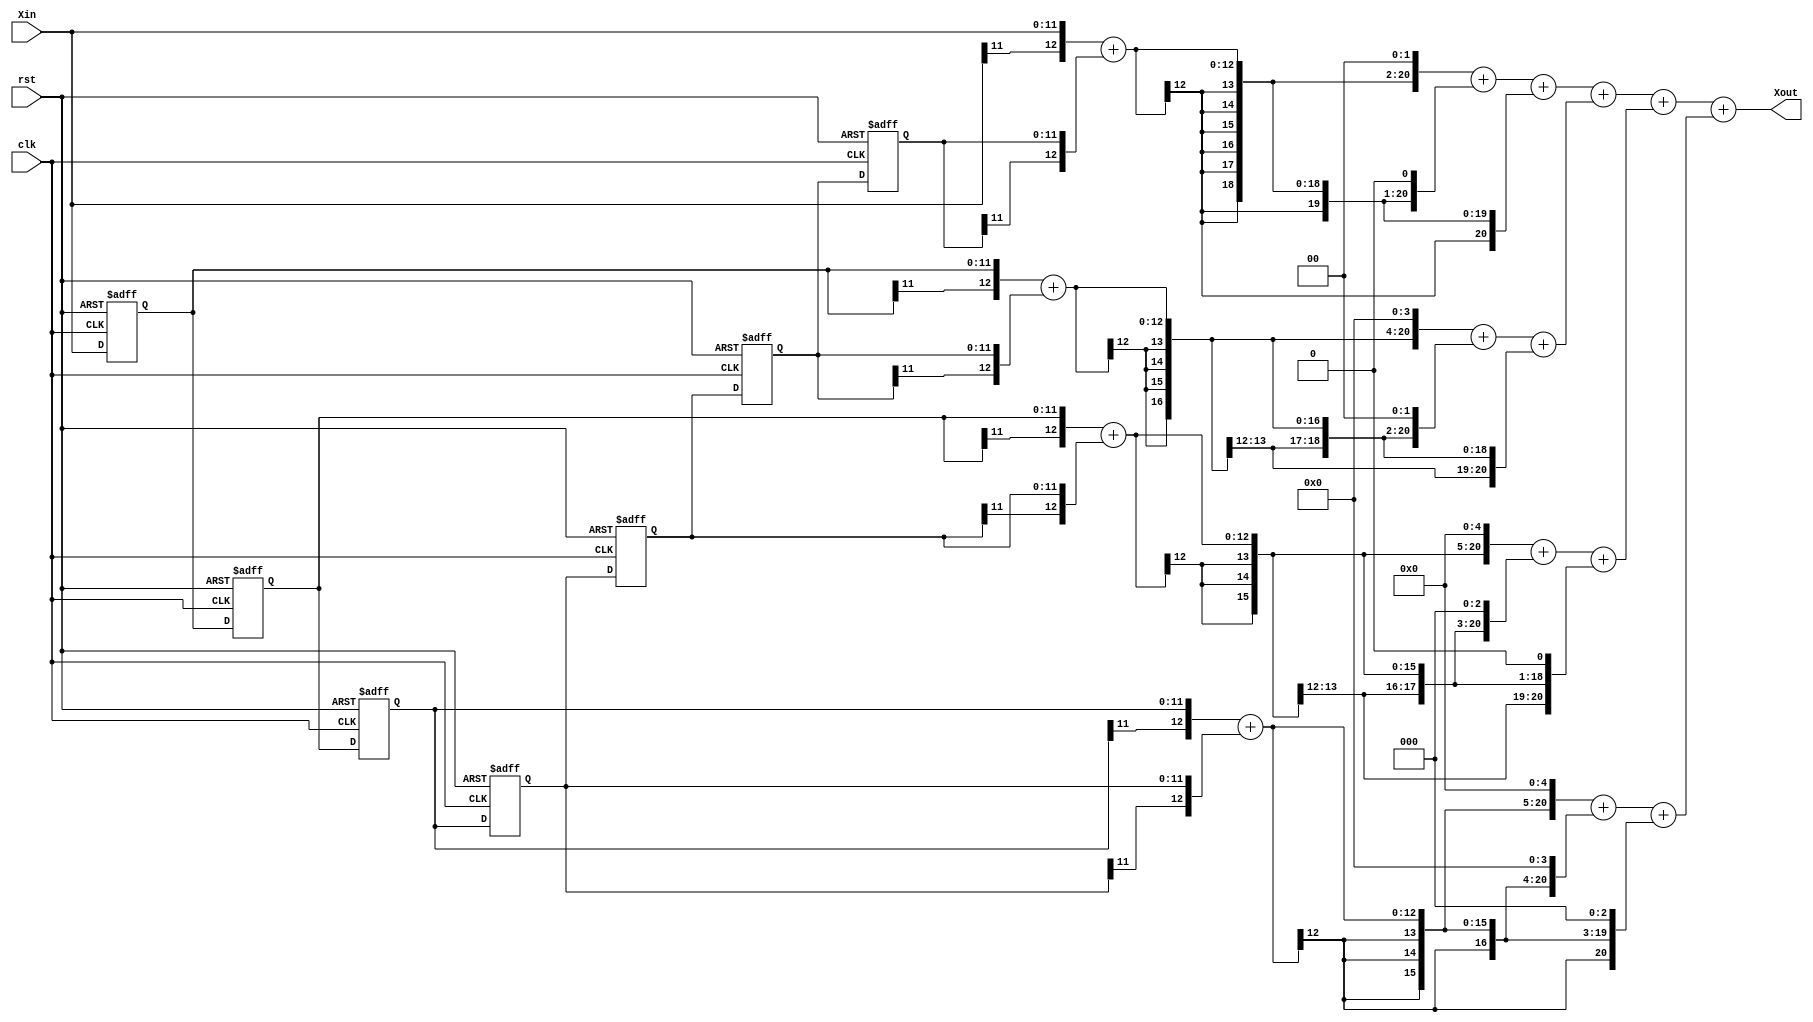
`timescale 1ns/1ps
//-------------------------------------------------------
//   IIRFIR
//-------------------------------------------------------
module zero
(
    input rst,                 //
    input clk,                 //2kHz
    input signed [11:0] Xin,   //2kHz
    output signed [20:0] Xout  //
);

//-------------------------------------------------------
//   
//-------------------------------------------------------
reg signed [11:0] Xin_reg [6:0];
reg [3:0] i,j;

always @ (posedge clk or posedge rst)
    if (rst) begin
        for (i=0; i<7; i=i+1'b1)
            Xin_reg[i] <= 'd0;
    end
    else begin
        for (j=0; j<6; j=j+1'b1)
            Xin_reg[j+1] <= Xin_reg[j];
        Xin_reg[0] <= Xin;
    end

//-------------------------------------------------------
//   
//-------------------------------------------------------
wire signed [12:0] Add_reg [3:0];
assign Add_reg[0] = {Xin[11],Xin} + {Xin_reg[6][11],Xin_reg[6]};
assign Add_reg[1] = {Xin_reg[0][11],Xin_reg[0]} + {Xin_reg[5][11],Xin_reg[5]};
assign Add_reg[2] = {Xin_reg[1][11],Xin_reg[1]} + {Xin_reg[4][11],Xin_reg[4]};
assign Add_reg[3] = {Xin_reg[2][11],Xin_reg[2]} + {Xin_reg[3][11],Xin_reg[3]};

//-------------------------------------------------------
//   +
//-------------------------------------------------------
wire signed [20:0] Mult_reg [3:0];
//0
assign Mult_reg[0] = {{6{Add_reg[0][12]}},Add_reg[0],2'd0}+  //4+2+1=7
    {{7{Add_reg[0][12]}},Add_reg[0],1'd0}+{{8{Add_reg[0][12]}},Add_reg[0]};
	
assign Mult_reg[1] = {{4{Add_reg[1][12]}},Add_reg[1],4'd0}+  //16+4+1=21
    {{6{Add_reg[1][12]}},Add_reg[1],2'd0}+{{8{Add_reg[1][12]}},Add_reg[1]};
	
assign Mult_reg[2] = {{3{Add_reg[2][12]}},Add_reg[2],5'd0}+  //32+8+2=42
    {{5{Add_reg[2][12]}},Add_reg[2],3'd0}+{{7{Add_reg[2][12]}},Add_reg[2],1'd0};
	
assign Mult_reg[3] = {{3{Add_reg[3][12]}},Add_reg[3],5'd0}+  //32+16+8=56
    {{4{Add_reg[3][12]}},Add_reg[3],4'd0}+{{5{Add_reg[3][12]}},Add_reg[3],3'd0};	
	
//-------------------------------------------------------
//   
//-------------------------------------------------------	
assign Xout = Mult_reg[0]+Mult_reg[1]+Mult_reg[2]+Mult_reg[3];

 
endmodule